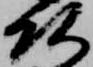
頭